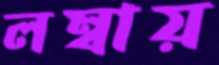
লম্বায়